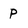
Character: p